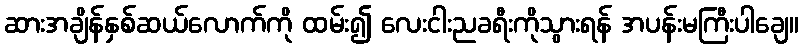
ဆားအချိန်နှစ်ဆယ်လောက်ကို ထမ်း၍ လေးငါးညခရီးကိုသွားရန် အပန်းမကြီးပါချေ။